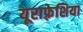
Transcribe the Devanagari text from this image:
यूराफ़्रेशिया